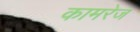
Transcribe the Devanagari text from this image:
कामरेज